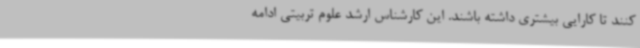
کنند تا کارایی بیشتری داشته باشند. این کارشناس ارشد علوم تربیتی ادامه